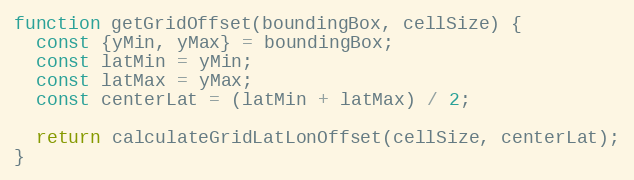
Language: JavaScript
function getGridOffset(boundingBox, cellSize) {
  const {yMin, yMax} = boundingBox;
  const latMin = yMin;
  const latMax = yMax;
  const centerLat = (latMin + latMax) / 2;

  return calculateGridLatLonOffset(cellSize, centerLat);
}